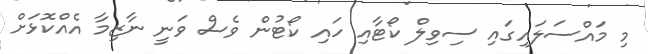
މި މައްސަލައިގައި ސިވިލް ކޯޓާއި ހައި ކޯޓުން ވެސް ވަނީ ނާޒިމާ އެއްކޮޅަށް